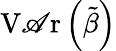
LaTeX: \operatorname{V\mathscr{A}r}\left({\tilde{{\beta}}}\right)